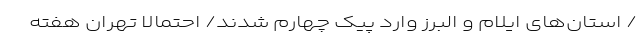
/ استان‌های ایلام و البرز وارد پیک چهارم شدند/ احتمالا تهران هفته